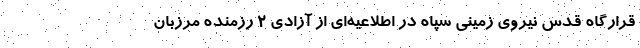
قرارگاه قدس نیروی زمینی سپاه در اطلاعیه‌ای از آزادی ۲ رزمنده مرزبان